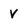
Character: v